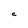
Character: C